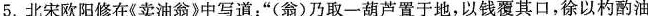
5.北宋欧阳修在《卖油翁》中写道：”(翁)乃取一葫芦置于地，以钱覆其口，徐以杓酌油